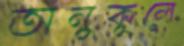
অনুকূলে